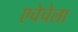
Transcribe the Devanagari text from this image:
एचेचेला